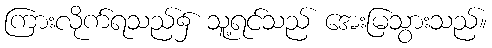
ကြားလိုက်ရသည်၌ သူ့ရင်သည် အေးမြသွားသည်။